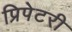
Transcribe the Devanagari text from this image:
प्रिपेटरी